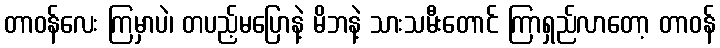
တာဝန်လေး ကြမှာပဲ၊ တပည့်မပြောနဲ့ မိဘနဲ့ သားသမီးတောင် ကြာရှည်လာတော့ တာဝန်